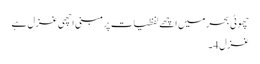
چھوٹی بحر میں اچھے لفظیات پر مبنی اچھی غزل ہے
غزل 4۔